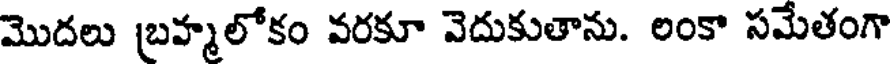
మొదలు (బవ్మలోకం వరకూ వెదుకుతాను. లంకా సమేతంగా